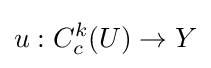
u:C_{c}^{k}(U)\to Y